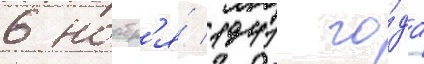
6 ноабр'я́ 1941 го́да